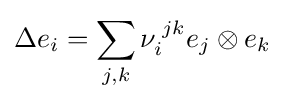
\Delta e_{i}=\sum _{j,k}\nu _{i}^{\;jk}e_{j}\otimes e_{k}